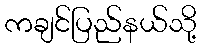
ကချင်ပြည်နယ်သို့